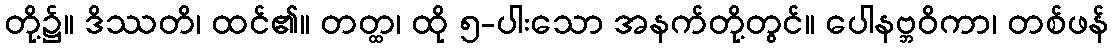
တို့၌။ ဒိဿတိ၊ ထင်၏။ တတ္ထ၊ ထို ၅-ပါးသော အနက်တို့တွင်။ ပေါနဗ္ဘဝိကာ၊ တစ်ဖန်